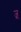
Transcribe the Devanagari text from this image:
ज्र्